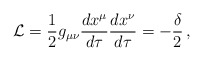
\begin{align*}{\cal{L}}=\frac{1}{2}g_{\mu\nu}\frac{dx^{\mu}}{d \tau}\frac{dx^{\nu}}{d \tau}=-\frac{\delta}{2}\,,\end{align*}